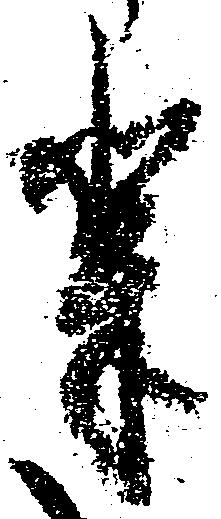
輩